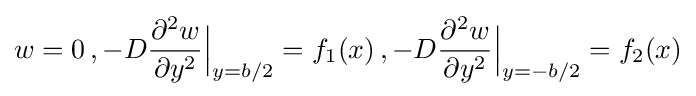
w=0\,,-D{\frac {\partial ^{2}w}{\partial y^{2}}}{\Bigr |}_{y=b/2}=f_{1}(x)\,,-D{\frac {\partial ^{2}w}{\partial y^{2}}}{\Bigr |}_{y=-b/2}=f_{2}(x)